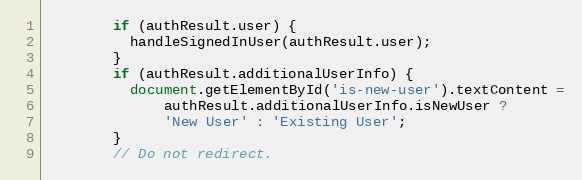
Language: JavaScript
        if (authResult.user) {
          handleSignedInUser(authResult.user);
        }
        if (authResult.additionalUserInfo) {
          document.getElementById('is-new-user').textContent =
              authResult.additionalUserInfo.isNewUser ?
              'New User' : 'Existing User';
        }
        // Do not redirect.